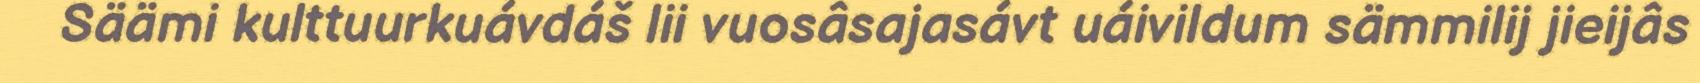
Säämi kulttuurkuávdáš lii vuosâsajasávt uáivildum sämmilij jieijâs